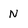
Character: N